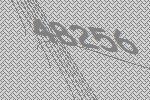
48256